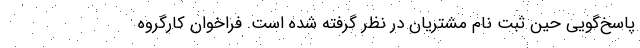
پاسخ‌گویی حین ثبت نام مشتریان در نظر گرفته شده است. فراخوان کارگروه